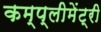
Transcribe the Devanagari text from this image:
कम्प्लीमेंट्री